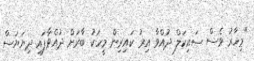
"މިހާރު ވެސް ސައިކަލް ދުއްވާ އިރު ކައިރިން މީހަކު ބާރަށް ދުއްވާފައި ދިޔަޔަސް